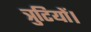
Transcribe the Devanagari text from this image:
त्रुटियों।